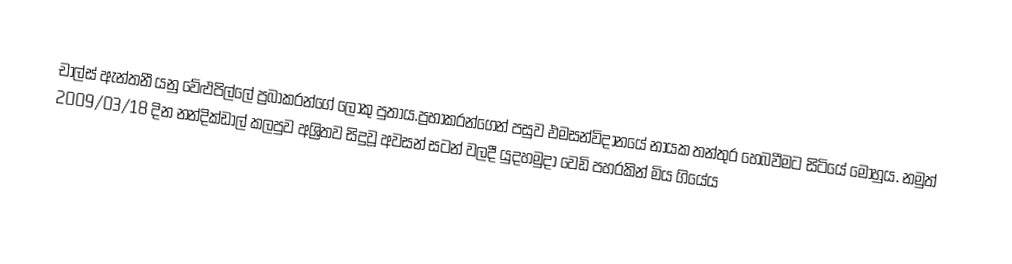
චාල්ස් ඇන්තනී යනු වේළුපිල්ලේ ප්‍රබාකරන්ගේ ලොකු පුතාය.ප්‍රභාකරන්ගෙන් පසුව එමසන්විදානයේ නායක තන්තුර හෙබවීමට සිටියේ මොහුය. නමුත් 2009/03/18 දින නන්දික්ඩාල් කලපුව අශ්‍රිතව සිදුවූ අවසන් සටන් වලදී යුදහමුදා වෙඩි පහරකින් මිය ගියේය